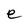
Character: e